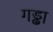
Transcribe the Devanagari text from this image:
गड्ढा़